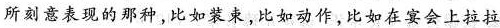
所刻意表现的那种，比如装束，比如动作，比如在宴会上拉拉